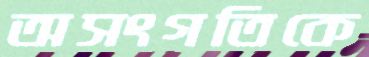
অসংগতিকে